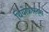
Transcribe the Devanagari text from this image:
थियोफ्रास्ट्स